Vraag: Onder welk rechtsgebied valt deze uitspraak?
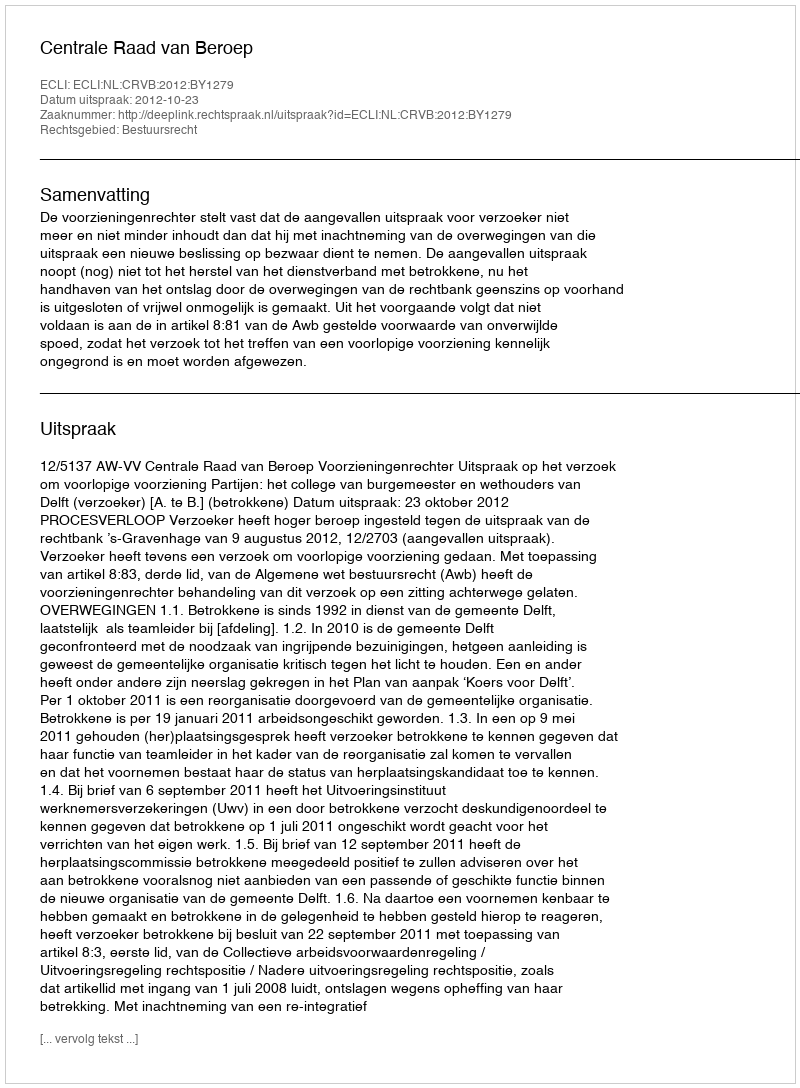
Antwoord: Bestuursrecht